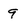
Character: 9